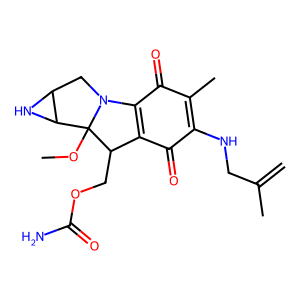
SMILES: C=C(C)CNC1=C(C)C(=O)C2=C(C1=O)C(COC(N)=O)C1(OC)C3NC3CN21
Inhibits HIV replication: No